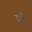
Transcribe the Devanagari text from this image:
स्ट्राॅ